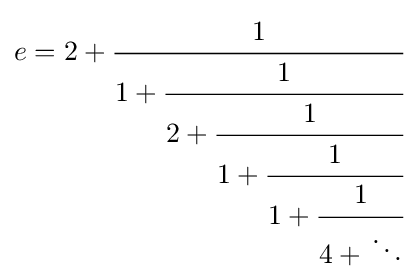
e=2+{\cfrac {1}{1+{\cfrac {1}{2+{\cfrac {1}{1+{\cfrac {1}{1+{\cfrac {1}{4+{}\ddots }}}}}}}}}}